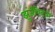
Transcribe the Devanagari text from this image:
झुंजींऐवजी